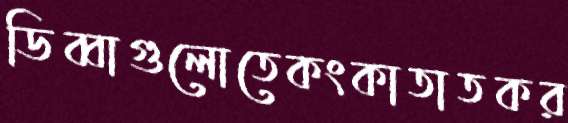
ডিব্বাগুলোতেকংকাতাতকর